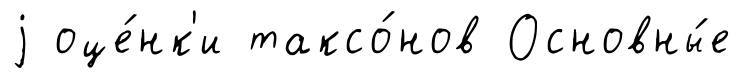
j оце́нк'и таксо́нов Основны́е